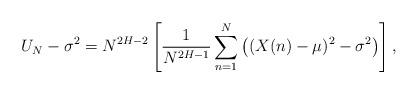
LaTeX: \begin{align*}U_N-\sigma^2= N^{2H-2} \left[\frac{1}{N^{2H-1}} \sum_{n=1}^N \left((X(n)-\mu)^2-\sigma^2\right)\right],\end{align*}